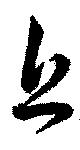
息